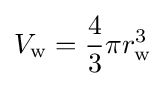
V_{\rm {w}}={4 \over 3}\pi r_{\rm {w}}^{3}